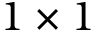
1 \times 1